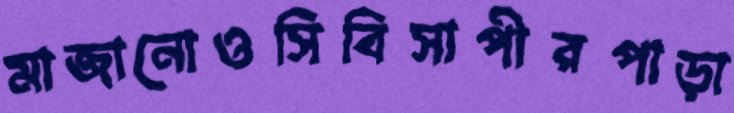
মাজানোওসিবিসাপীরপাড়া